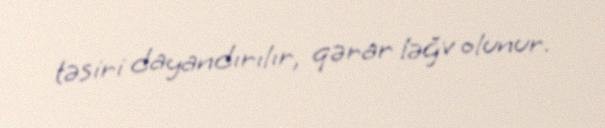
təsiri dayandırılır, qərar ləğv olunur.